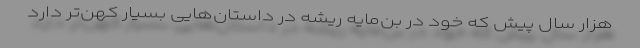
هزار سال پیش که خود در بن‌مایه ریشه در داستان‌هایی بسیار کهن‌تر دارد